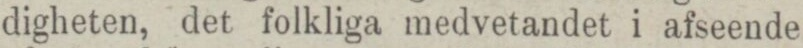
digheten, det folkliga medvetandet i afseende